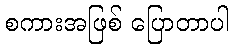
စကားအဖြစ် ပြောတာပါ